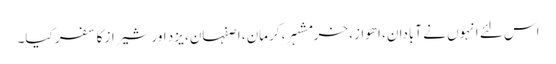
اس لئے انہوں نے آبادان، اھواز، خرمشہر، کرمان، اصفہان، یزد اور شیراز کا سفر کیا۔